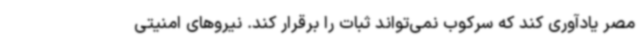
مصر یادآوری کند که سرکوب نمی‌تواند ثبات را برقرار کند. نیروهای امنیتی